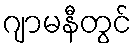
ဂျာမနီတွင်